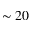
\sim 2 0